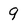
Character: 9